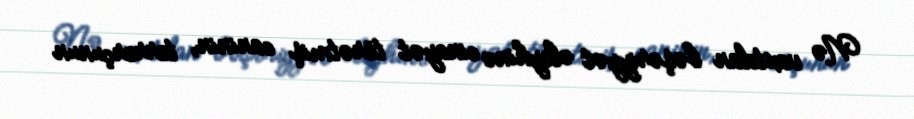
Nə vaxtdan bəşəriyyət əleyhinə cinayət törətmiş caninin, terrorçunun